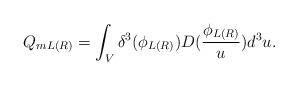
LaTeX: \begin{align*}Q_{mL(R)}=\int_V\delta ^3(\phi _{L(R)})D(\frac{\phi _{L(R)}}u)d^3u.\end{align*}